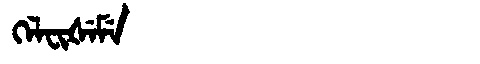
Manchu: ᡴᡝᠯᠸᡳᡧᡝᠮᡝ
Romanization: KELFIŠEME